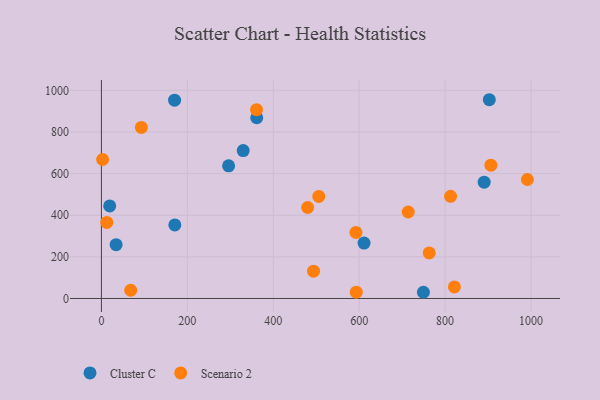
{"axis": {"x": "Distance", "y": "Yield"}, "legend": ["Cluster C", "Scenario 2"], "data": [{"x": "890.9", "y": 558.8, "type": "Cluster C"}, {"x": "902.9", "y": 955.0, "type": "Cluster C"}, {"x": "34.2", "y": 258.3, "type": "Cluster C"}, {"x": "330.0", "y": 710.9, "type": "Cluster C"}, {"x": "749.5", "y": 29.8, "type": "Cluster C"}, {"x": "611.3", "y": 266.1, "type": "Cluster C"}, {"x": "361.5", "y": 868.5, "type": "Cluster C"}, {"x": "170.9", "y": 353.6, "type": "Cluster C"}, {"x": "19.3", "y": 444.5, "type": "Cluster C"}, {"x": "170.3", "y": 952.7, "type": "Cluster C"}, {"x": "296.0", "y": 637.3, "type": "Cluster C"}, {"x": "812.7", "y": 490.7, "type": "Scenario 2"}, {"x": "906.6", "y": 640.4, "type": "Scenario 2"}, {"x": "821.7", "y": 55.3, "type": "Scenario 2"}, {"x": "12.5", "y": 365.5, "type": "Scenario 2"}, {"x": "506.0", "y": 490.4, "type": "Scenario 2"}, {"x": "991.5", "y": 571.6, "type": "Scenario 2"}, {"x": "480.0", "y": 437.2, "type": "Scenario 2"}, {"x": "493.7", "y": 131.4, "type": "Scenario 2"}, {"x": "93.0", "y": 822.1, "type": "Scenario 2"}, {"x": "763.0", "y": 218.8, "type": "Scenario 2"}, {"x": "593.2", "y": 30.3, "type": "Scenario 2"}, {"x": "361.1", "y": 907.1, "type": "Scenario 2"}, {"x": "592.5", "y": 317.3, "type": "Scenario 2"}, {"x": "68.2", "y": 39.5, "type": "Scenario 2"}, {"x": "714.1", "y": 415.5, "type": "Scenario 2"}, {"x": "2.8", "y": 667.9, "type": "Scenario 2"}]}